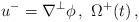
LaTeX: \begin{align*}u^-=\nabla^\perp\phi\,,\ \Omega^+(t)\,,\end{align*}